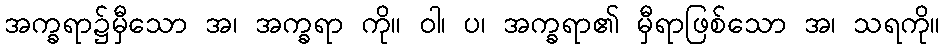
အက္ခရာ၌မှီသော အ၊ အက္ခရာ ကို။ ဝါ၊ ပ၊ အက္ခရာ၏ မှီရာဖြစ်သော အ၊ သရကို။